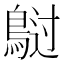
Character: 𲍡